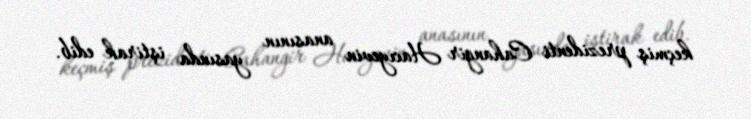
keçmiş prezidenti Cahangir Hacıyevin anasının yasında iştirak edib.